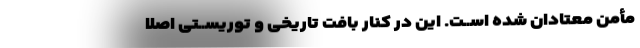
مأمن معتادان شده اســت. این در کنار بافت تاریخی و توریســتی اصلا